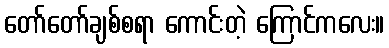
တော်တော်ချစ်စရာ ကောင်းတဲ့ ကြောင်ကလေး။